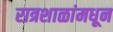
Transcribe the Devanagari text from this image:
रात्रशाळांमधून